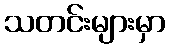
သတင်းများမှာ